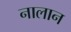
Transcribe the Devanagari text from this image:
नालान